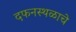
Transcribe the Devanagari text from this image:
दफनस्थळाचे